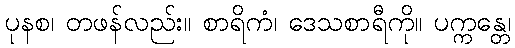
ပုနစ၊ တဖန်လည်း။ စာရိကံ၊ ဒေသစာရီကို။ ပက္ကန္တေ၊